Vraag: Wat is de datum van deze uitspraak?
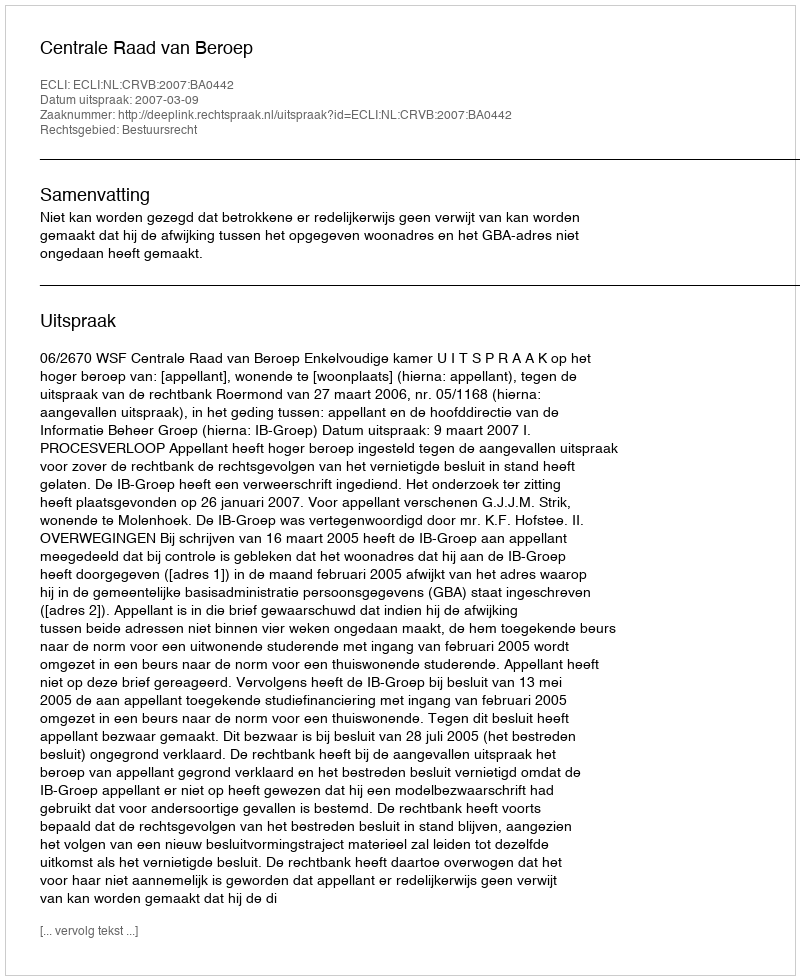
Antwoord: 2007-03-09